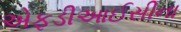
એફડીઆઈસીના